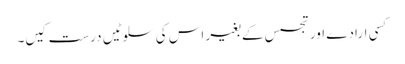
کسی ارادے اور تجسس کے بغیر اس کی سلوٹیں درست کیں۔